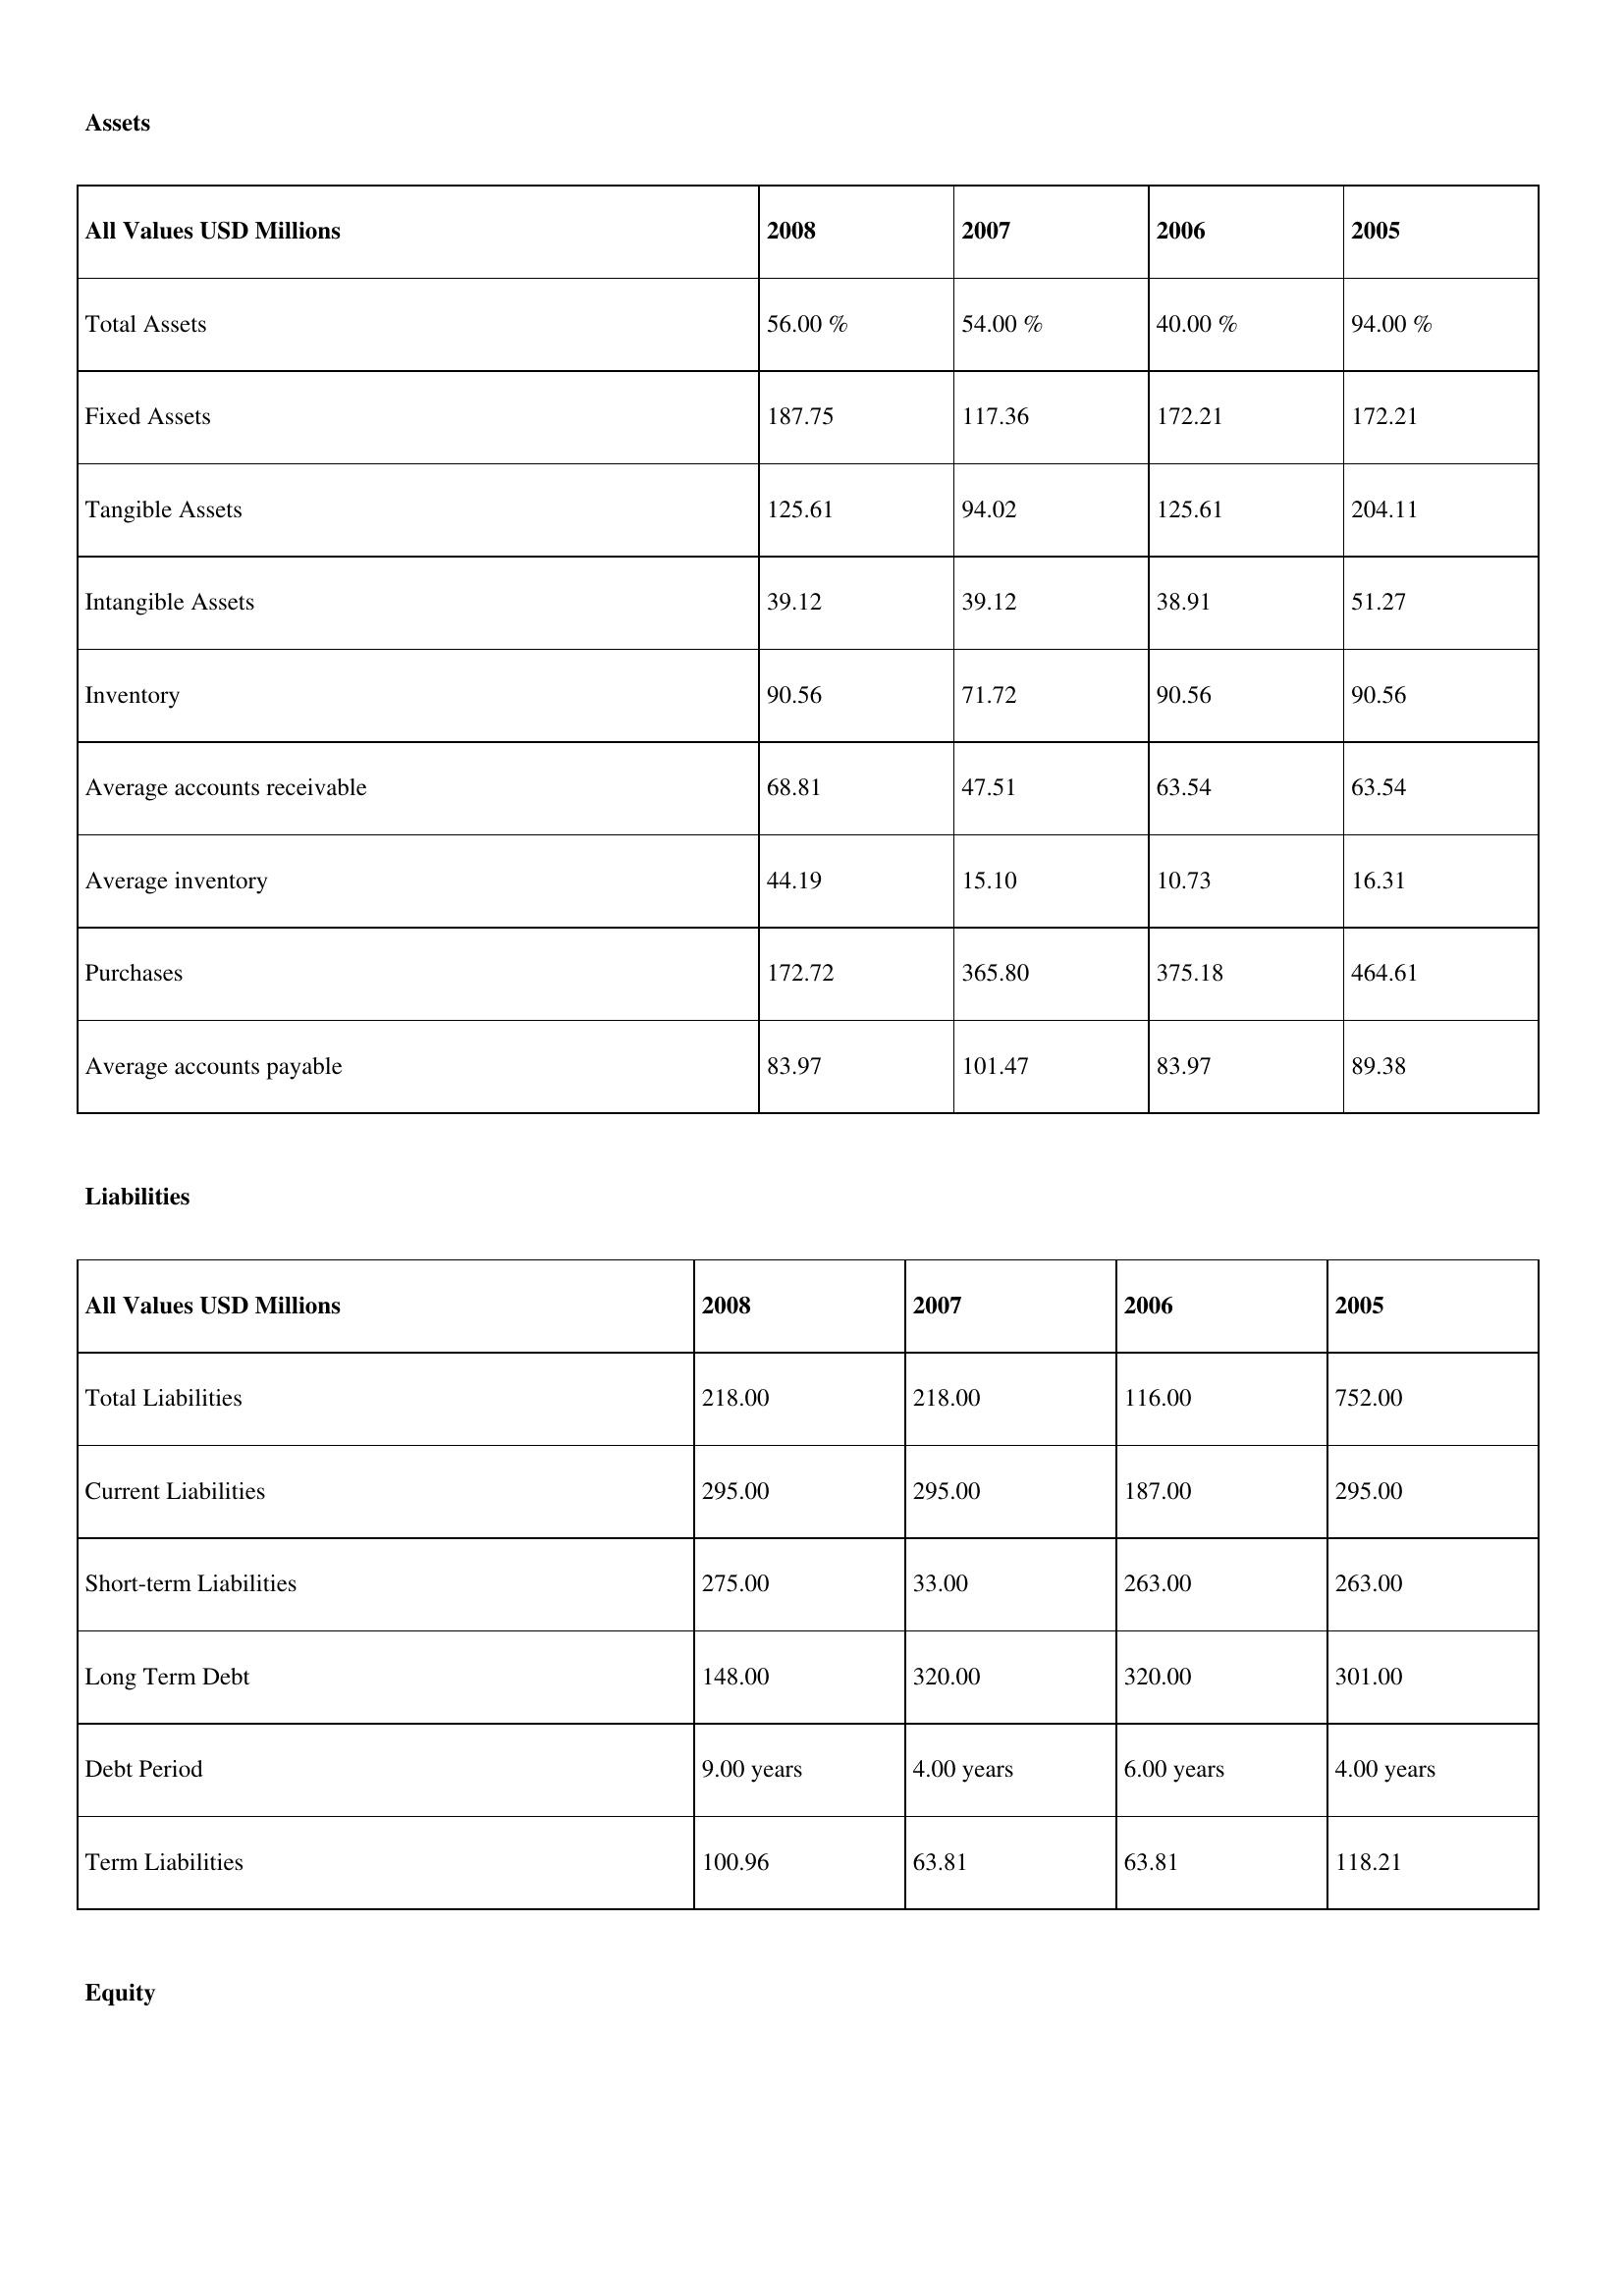
gt_parse: 2008: Assets: Total Assets: 56.00 %
Fixed Assets: 187.75
Tangible Assets: 125.61
Intangible Assets: 39.12
Inventory: 90.56
Average accounts receivable: 68.81
Average inventory: 44.19
Purchases: 172.72
Average accounts payable: 83.97
Liabilities: Total Liabilities: 218.00
Current Liabilities: 295.00
Short-term Liabilities: 275.00
Long Term Debt: 148.00
Debt Period: 9.00 years
Term Liabilities: 100.96
Equity: Common Stock: 27.16
Treasury Stock: 8.48
Other Comprehensive Income: 48.44
Total Equity: 26.00 %
Issued Capital: 85.00
Paid-up Capital: 80.03
Additional Paid-In Capital: 71.13
General Reserves: 149.60
Credit Balance: 4.89
Retained Earnings: 80.04
2007: Assets: Total Assets: 54.00 %
Fixed Assets: 117.36
Tangible Assets: 94.02
Intangible Assets: 39.12
Inventory: 71.72
Average accounts receivable: 47.51
Average inventory: 15.10
Purchases: 365.80
Average accounts payable: 101.47
Liabilities: Total Liabilities: 218.00
Current Liabilities: 295.00
Short-term Liabilities: 33.00
Long Term Debt: 320.00
Debt Period: 4.00 years
Term Liabilities: 63.81
Equity: Common Stock: 263.03
Treasury Stock: 49.55
Other Comprehensive Income: 65.28
Total Equity: 46.00 %
Issued Capital: 85.00
Paid-up Capital: 56.28
Additional Paid-In Capital: 6.44
General Reserves: 162.50
Credit Balance: 29.68
Retained Earnings: 419.44
2006: Assets: Total Assets: 40.00 %
Fixed Assets: 172.21
Tangible Assets: 125.61
Intangible Assets: 38.91
Inventory: 90.56
Average accounts receivable: 63.54
Average inventory: 10.73
Purchases: 375.18
Average accounts payable: 83.97
Liabilities: Total Liabilities: 116.00
Current Liabilities: 187.00
Short-term Liabilities: 263.00
Long Term Debt: 320.00
Debt Period: 6.00 years
Term Liabilities: 63.81
Equity: Common Stock: 263.03
Treasury Stock: 44.84
Other Comprehensive Income: 70.79
Total Equity: 26.00 %
Issued Capital: 85.00
Paid-up Capital: 9.37
Additional Paid-In Capital: 62.58
General Reserves: 66.87
Credit Balance: 33.98
Retained Earnings: 434.75
2005: Assets: Total Assets: 94.00 %
Fixed Assets: 172.21
Tangible Assets: 204.11
Intangible Assets: 51.27
Inventory: 90.56
Average accounts receivable: 63.54
Average inventory: 16.31
Purchases: 464.61
Average accounts payable: 89.38
Liabilities: Total Liabilities: 752.00
Current Liabilities: 295.00
Short-term Liabilities: 263.00
Long Term Debt: 301.00
Debt Period: 4.00 years
Term Liabilities: 118.21
Equity: Common Stock: 28.25
Treasury Stock: 49.55
Other Comprehensive Income: 38.01
Total Equity: 21.00 %
Issued Capital: 306.00
Paid-up Capital: 56.28
Additional Paid-In Capital: 71.98
General Reserves: 18.24
Credit Balance: 48.00
Retained Earnings: 270.40